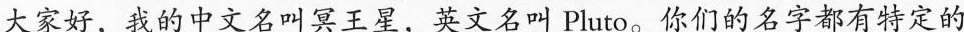
大家好，的中文叫其三星，文叫Pluta。你们的名字都有定的